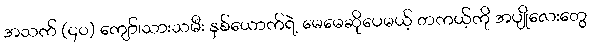
အသက် (၄၀) ကျော်၊သားသမီး နှစ်ယောက်ရဲ့ မေမေဆိုပေမယ့် တကယ့်ကို အပျိုလေးတွေ